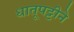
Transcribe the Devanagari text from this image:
धातूपट्टीने